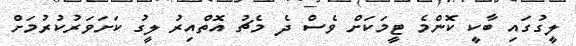
ލީގުގައި ބާކީ ކޮންމެ ޓީމަކަށް ވެސް ދެ މެޗު އޮތްއިރު ލީގު ކަށަވަރުކުރުމަށް